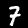
Label: 7